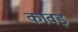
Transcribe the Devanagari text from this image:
कावड़